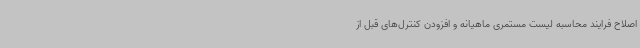
اصلاح فرایند محاسبه لیست مستمری ماهیانه و افزودن کنترل‌های قبل از